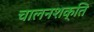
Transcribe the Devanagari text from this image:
चालनशक्ति